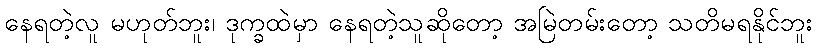
နေရတဲ့လူ မဟုတ်ဘူး၊ ဒုက္ခထဲမှာ နေရတဲ့သူဆိုတော့ အမြဲတမ်းတော့ သတိမရနိုင်ဘူး